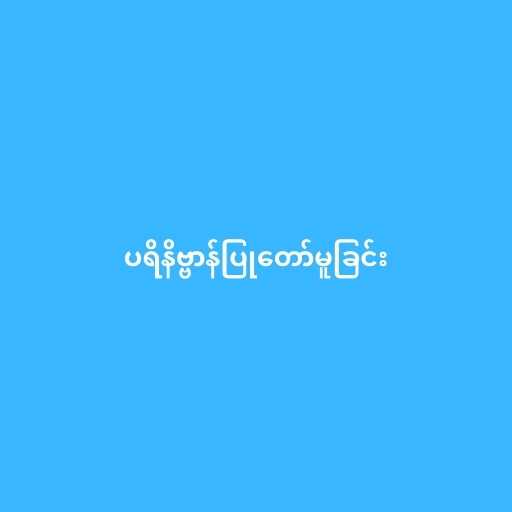
ပရိနိဗ္ဗာန်ပြုတော်မူခြင်း